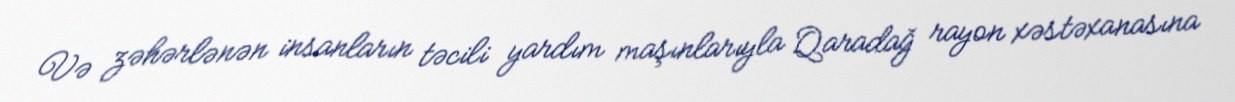
Və zəhərlənən insanların təcili yardım maşınlarıyla Qaradağ rayon xəstəxanasına